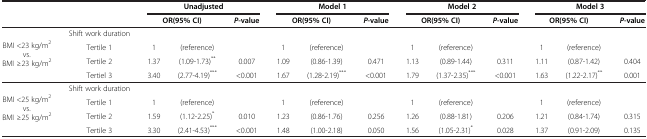
<table><thead><tr><td rowspan="2" colspan="2"><b> </b></td><td colspan="3"><b>Unadjusted</b></td><td colspan="3"><b>Model 1</b></td><td colspan="3"><b>Model 2</b></td><td colspan="3"><b>Model 3</b></td></tr><tr><td colspan="2"><b>OR(95% CI)</b></td><td><b><i>P</i>-value</b></td><td colspan="2"><b>OR(95% CI)</b></td><td><b><i>P</i>-value</b></td><td colspan="2"><b>OR(95% CI)</b></td><td><b><i>P</i>-value</b></td><td colspan="2"><b>OR(95% CI)</b></td><td><b><i>P</i>-value</b></td></tr></thead><tbody><tr><td rowspan="3">BMI &lt;23 kg/m<sup>2</sup> vs. BMI ≥23 kg/m<sup>2</sup></td><td>Shift work duration</td><td> </td><td> </td><td> </td><td> </td><td> </td><td> </td><td> </td><td> </td><td> </td><td> </td><td> </td><td> </td></tr><tr><td>Tertile 1</td><td>1</td><td>(reference)</td><td> </td><td>1</td><td>(reference)</td><td> </td><td>1</td><td>(reference)</td><td> </td><td>1</td><td>(reference)</td><td> </td></tr><tr><td>Tertile 2</td><td>1.37</td><td>(1.09-1.73)<sup>**</sup></td><td>0.007</td><td>1.09</td><td>(0.86-1.39)</td><td>0.471</td><td>1.13</td><td>(0.89-1.44)</td><td>0.311</td><td>1.11</td><td>(0.87-1.42)</td><td>0.404</td></tr><tr><td> </td><td>Tertiel 3</td><td>3.40</td><td>(2.77-4.19)<sup>***</sup></td><td>&lt;0.001</td><td>1.67</td><td>(1.28-2.19)<sup>***</sup></td><td>&lt;0.001</td><td>1.79</td><td>(1.37-2.35)<sup>***</sup></td><td>&lt;0.001</td><td>1.63</td><td>(1.22-2.17)<sup>**</sup></td><td>0.001</td></tr><tr><td rowspan="3">BMI &lt;25 kg/m<sup>2</sup> vs. BMI ≥25 kg/m<sup>2</sup></td><td>Shift work duration</td><td> </td><td> </td><td> </td><td> </td><td> </td><td> </td><td> </td><td> </td><td> </td><td> </td><td> </td><td> </td></tr><tr><td>Tertile 1</td><td>1</td><td>(reference)</td><td> </td><td>1</td><td>(reference)</td><td> </td><td>1</td><td>(reference)</td><td> </td><td>1</td><td>(reference)</td><td> </td></tr><tr><td>Tertile 2</td><td>1.59</td><td>(1.12-2.25)<sup>*</sup></td><td>0.010</td><td>1.23</td><td>(0.86-1.76)</td><td>0.256</td><td>1.26</td><td>(0.88-1.81)</td><td>0.206</td><td>1.21</td><td>(0.84-1.74)</td><td>0.315</td></tr><tr><td> </td><td>Tertile 3</td><td>3.30</td><td>(2.41-4.53)<sup>***</sup></td><td>&lt;0.001</td><td>1.48</td><td>(1.00-2.18)</td><td>0.050</td><td>1.56</td><td>(1.05-2.31)<sup>*</sup></td><td>0.028</td><td>1.37</td><td>(0.91-2.09)</td><td>0.135</td></tr></tbody></table>